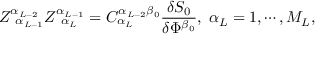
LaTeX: Z _ { \; \; \alpha _ { L - 1 } } ^ { \alpha _ { L - 2 } } Z _ { \; \; \alpha _ { L } } ^ { \alpha _ { L - 1 } } = C _ { \alpha _ { L } } ^ { \alpha _ { L - 2 } \beta _ { 0 } } \frac { \delta S _ { 0 } } { \delta \Phi ^ { \beta _ { 0 } } } , \; \alpha _ { L } = 1 , \cdots , M _ { L } ,